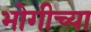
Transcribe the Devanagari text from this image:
भोगीच्या